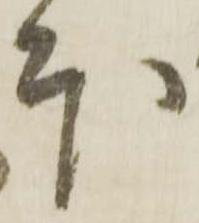
本